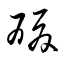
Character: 酸